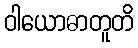
ဝါယောဓာတူတိ